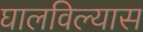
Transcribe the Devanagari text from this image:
घालविल्यास